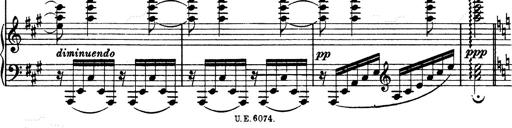
Title: Hungarian Rhapsody No.13
Composer: Franz Liszt
Key: A minor